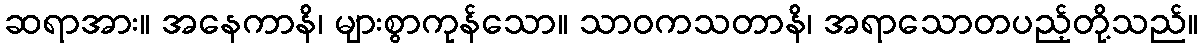
ဆရာအား။ အနေကာနိ၊ များစွာကုန်သော။ သာဝကသတာနိ၊ အရာသောတပည့်တို့သည်။